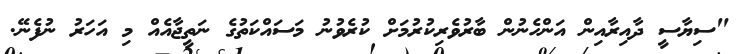
"ސިޔާސީ ދާއިރާއިން އަންހެނުން ބާރުވެރިކުރުމަށް ކުރެވުނު މަސައްކަތުގެ ނަތީޖާއެއް މި އަހަރު ނުފެނޭ.